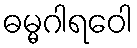
ဓမ္မဂါရဝေါ